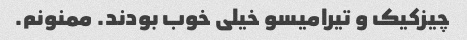
چیزکیک و تیرامیسو خیلی خوب بودند. ممنونم.